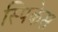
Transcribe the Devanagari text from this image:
स्पिकेस